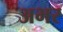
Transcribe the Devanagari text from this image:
अभर